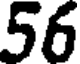
56